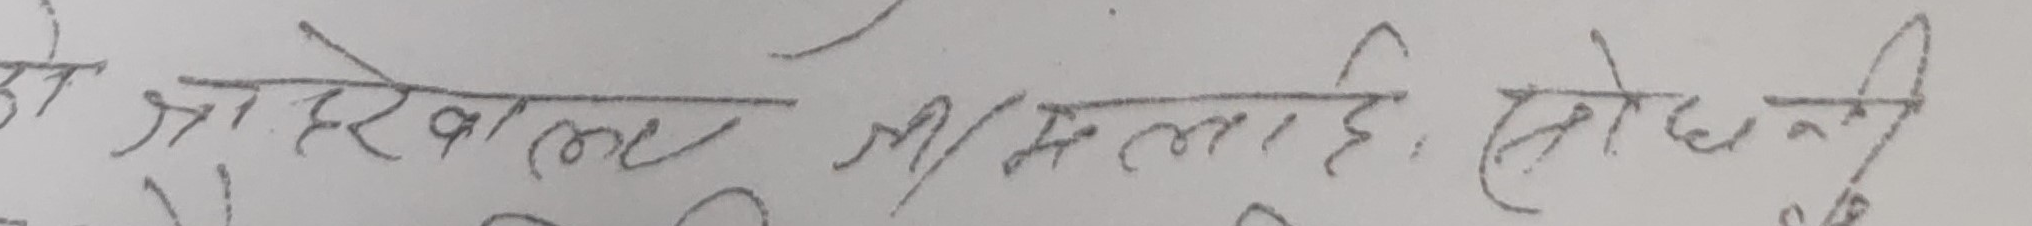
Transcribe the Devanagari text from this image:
जो आएर भेट्छ, सोचेकी